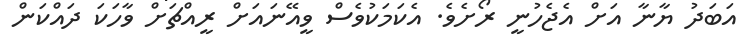
އަބަދު ޔާނާ އަށް އެޖެހުނީ ރޯށެވެ. އެކަމަކުވެސް ވީއޭނައަށް ރީއްޗަށް ވާހަކަ ދައްކަން